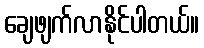
ချေဖျက်လာနိုင်ပါတယ်။